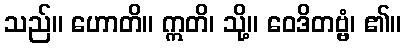
သည်။ ဟောတိ။ ဣတိ၊ သို့။ ဝေဒိတဗ္ဗံ၊ ၏။